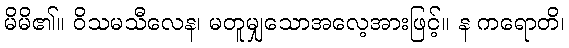
မိမိ၏။ ဝိသမသီလေန၊ မတူမျှသောအလေ့အားဖြင့်။ န ကရောတိ၊